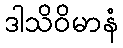
ဒါသိဝိမာနံ